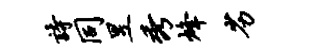
诗同昱秀烽劣